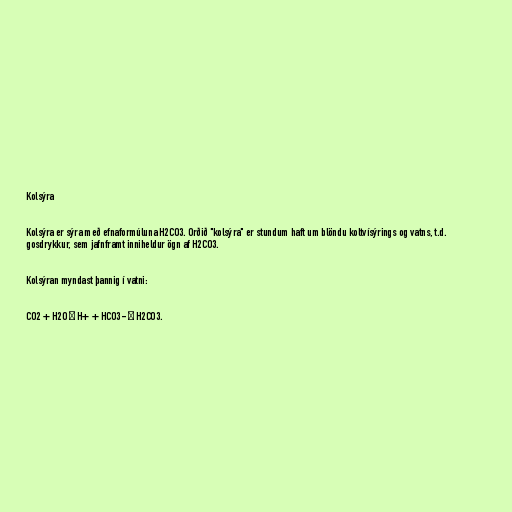
Kolsýra

Kolsýra er sýra með efnaformúluna H2CO3. Orðið "kolsýra" er stundum haft um blöndu koltvísýrings og vatns, t.d.
gosdrykkur, sem jafnframt inniheldur ögn af H2CO3.

Kolsýran myndast þannig í vatni:

CO2 + H2O ⇔ H+ + HCO3- ⇔ H2CO3.